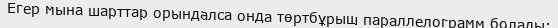
Егер мына шарттар орындалса онда төртбұрыш параллелограмм болады: